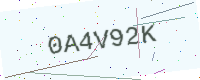
Text: 0A4V92K